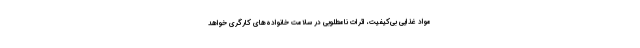
مواد غذایی بی‌کیفیت، اثرات نامطلوبی در سلامت خانواده‌های کارگری خواهد